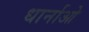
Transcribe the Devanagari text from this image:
धार्नाओ